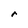
Character: r